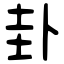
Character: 卦